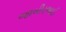
જાબીરભાઈ